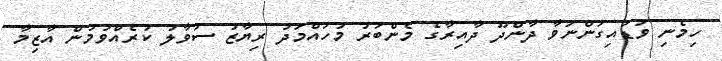
ހިމެނި ވަޑައިގަންނަވާ ދާންދޫ ދާއިރާގެ މެންބަރު މުހައްމަދު ރިޔާޒު ސުވާލު ކުރެއްވުމުން އާޒިމާ